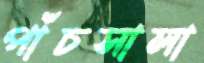
পাঁচসালা